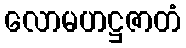
လောမဟဋ္ဌဇာတံ